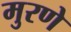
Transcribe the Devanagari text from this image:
मुरणे